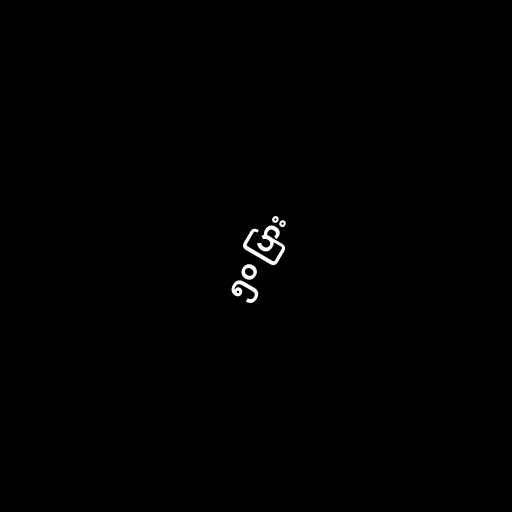
၅၀ ပြား